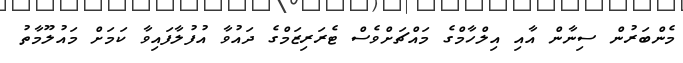
މެންބަރުން ސިނާން އާއި އިލްހާމްގެ މައްޗަށްވެސް ޓެރަރިޒަމްގެ ދައުވާ އުފުލާފައިވާ ކަމަށް މައުލޫމާތު